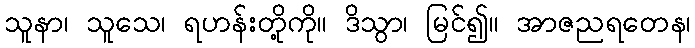
သူနာ၊ သူသေ၊ ရဟန်းတို့ကို။ ဒိသွာ၊ မြင်၍။ အာဇညရတေန၊